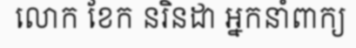
លោក ខែក នរិនដា អ្នកនាំពាក្យ